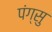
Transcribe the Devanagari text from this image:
पंग्सु